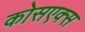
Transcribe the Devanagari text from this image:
कोसएक्स